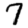
Digit: 7